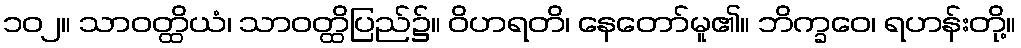
၁၀၂။ သာဝတ္ထိယံ၊ သာဝတ္ထိပြည်၌။ ဝိဟရတိ၊ နေတော်မူ၏။ ဘိက္ခဝေ၊ ရဟန်းတို့။